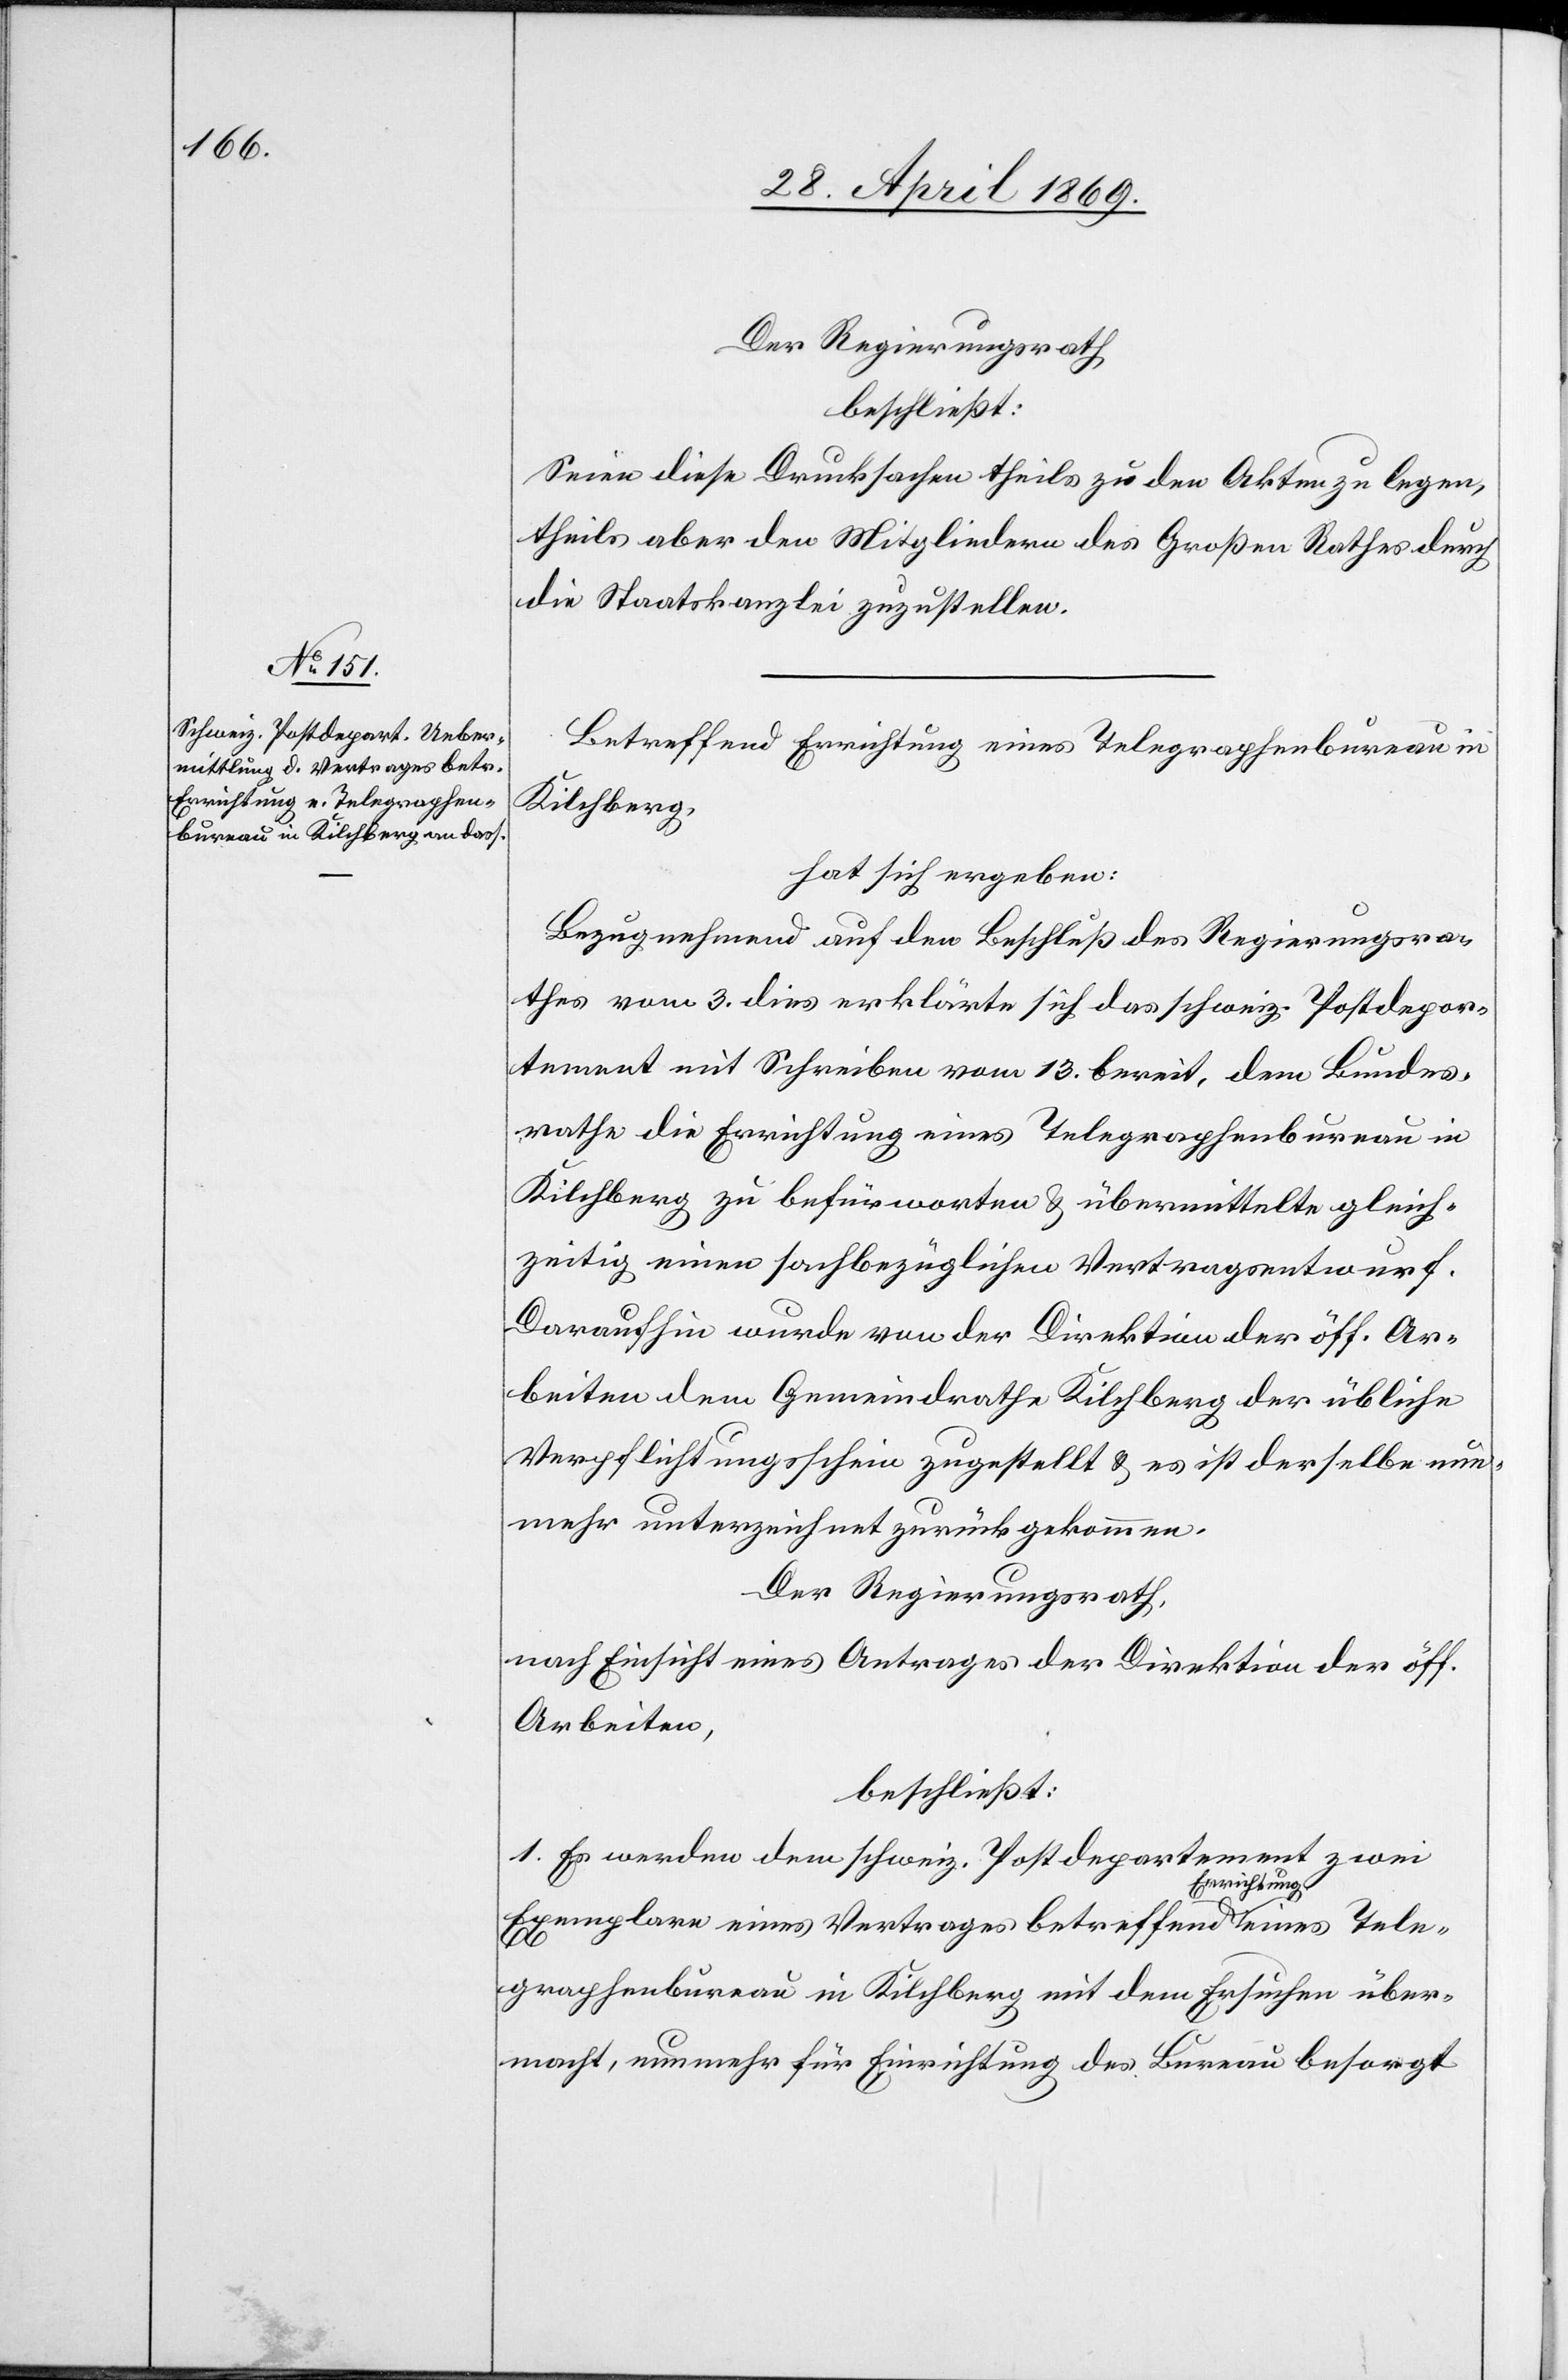
Der Regierungsrath
beschließt:
Seien diese Drucksachen theils zu den Akten zu legen,
theils aber den Mitgliedern des Großen Rathes durch
die Staatskanzlei zuzustellen.
Betreffend Errichtung eines Telegraphenbureau in
Kilchberg,
hat sich ergeben:
Bezugnehmend auf den Beschluß des Regierungsra¬
thes vom 3. dies erklärte sich das schweiz. Postdepar¬
tement mit Schreiben vom 13. bereit, dem Bundes¬
rathe die Einrichtung eines Telegraphenbureau in
Kilchberg zu befürworten u. übermittelte gleich¬
zeitig einen sachbezüglichen Vertragsentwurf.
Daraufhin wurde von der Direktion der öff. Ar¬
beiten dem Gemeindrathe Kilchberg der übliche
Verpflichtungsschein zugestellt u. es ist derselbe nun¬
mehr unterzeichnet zurückgekommen.
Der Regierungsrath,
nach Einsicht eines Antrages der Direktion der öff.
Arbeiten,
beschließt:
1. Es werden dem schweiz. Postdepartement zwei
Exemplare eines Vertrages betreffend Errichtung eines Tele¬
graphenbureau in Kilchberg mit dem Ersuchen über¬
macht, nunmehr für Errichtung des Bureau besorgt